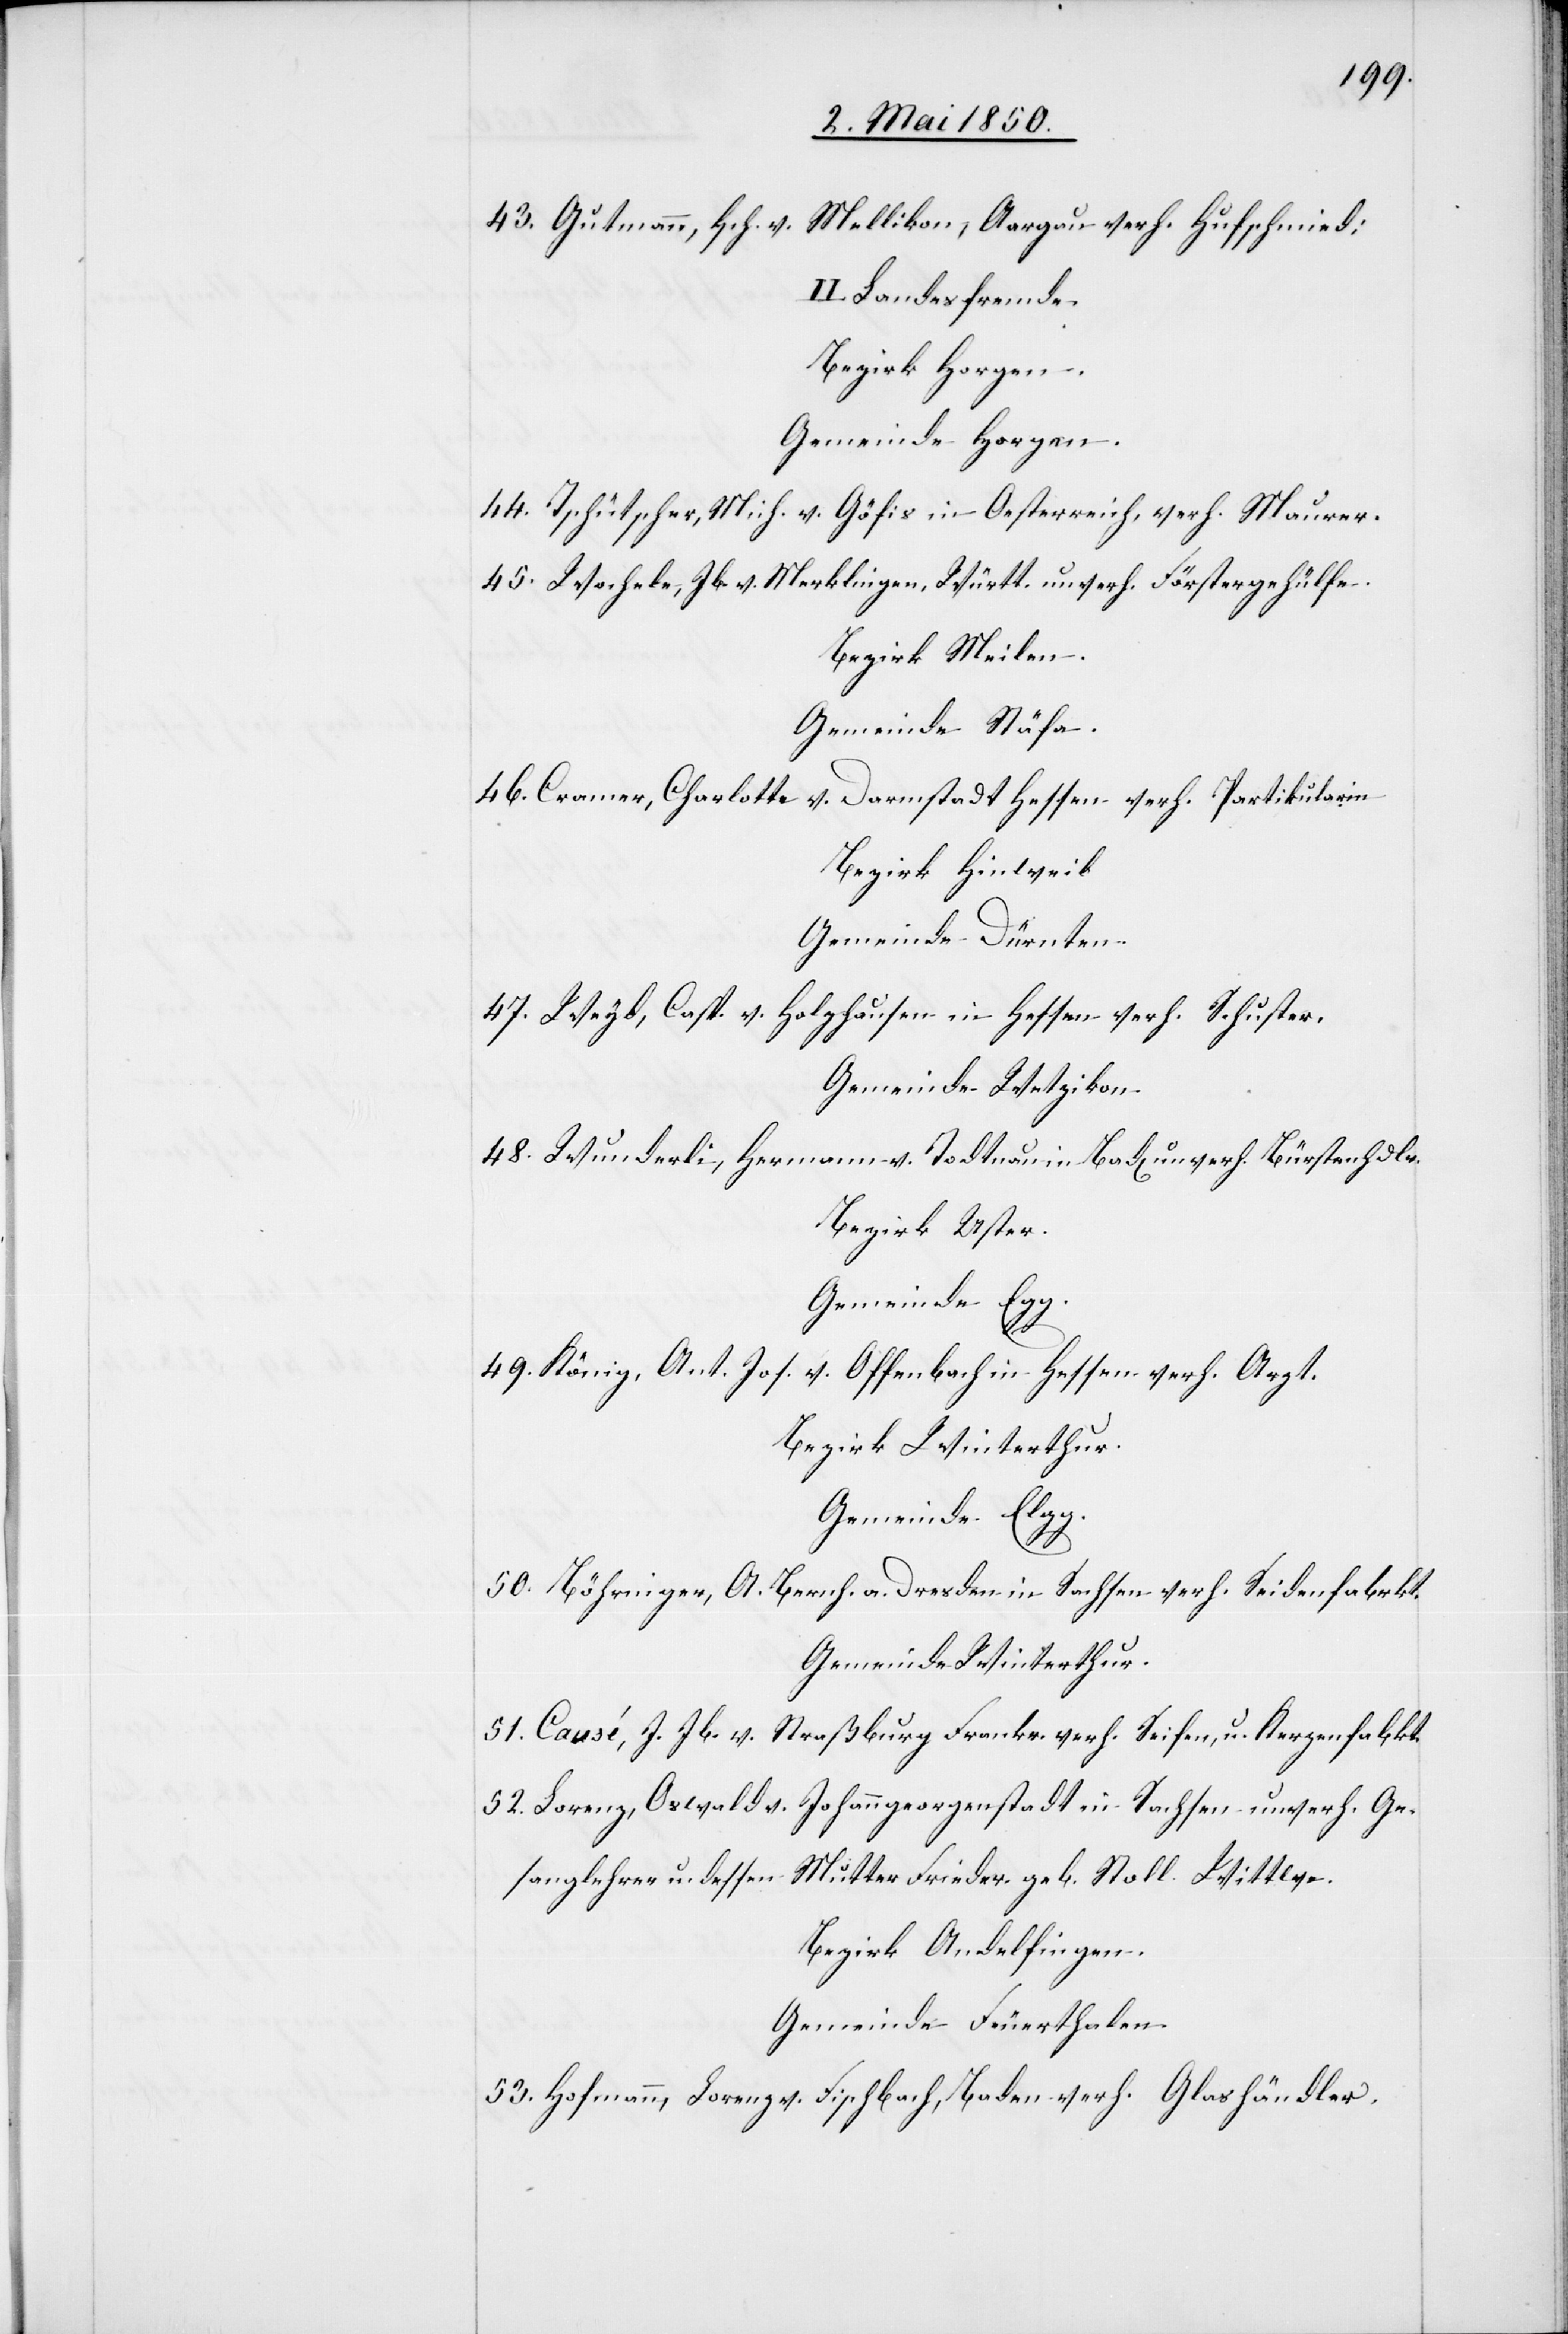
43. Gutmann, Hch. v.
Mellikon, Aargau verh. Hufschmied;
II. Landesfremde.
Bezirk Horgen.
Gemeinde Horgen.
44. Tschütscher, Mich. v. Göfis in Oesterreich, verh. Maurer.
45. Wochele, Jb. v. Merklingen, Württ. unverh. Förstergehülfe.
Bezirk Meilen.
Gemeinde Stäfa.
46. Cramer, Charlotte
v. Darmstadt Hessen verh. Partikularin
Bezirk Hinweil
Gemeinde Dürnten.
47. Wey[?d], Casp. v. Holzhausen in Hessen verh. Schuster.
Gemeinde Wetzikon.
48. Wunderli, Hermann v. Todtnau in Bad[en] unverh. Bürstenhdlr.
Bezirk Uster.
Gemeinde Egg.
49. König, Ant. Jos. v. Offenbach in Hessen verh. Argt.
Bezirk Winterthur.
Gemeinde Elgg.
50. Böhringer, A. Bernh. a. Dresden in Sachsen verh. Seidenfabrkt.
Gemeinde Winterthur.
51. Causé. J. Jb. v. Straßburg Frankr. verh. Seifen, u. Kerzenfabkt.
52. Lorenz, Oswald v. Johanngeorgenstadt in Sachsen unverh. Ge¬
Mutter Frieder. geb. Stoll. Wittwe.
sanglehrer u. dessen
Bezirk Andelfingen.
Gemeinde Feuerthalen.
53. Hofmann, Lorenz v. Fischbach, Baden verh. Glashändler.